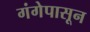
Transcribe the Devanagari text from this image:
गंगेपासून